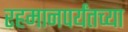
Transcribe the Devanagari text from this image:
रहमानपर्यंतच्या